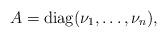
LaTeX: \begin{align*}A={\rm diag}(\nu_{1},\ldots,\nu_{n}),\end{align*}